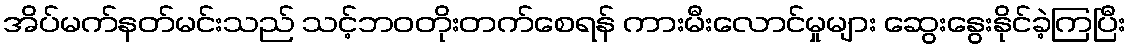
အိပ်မက်နတ်မင်းသည် သင့်ဘဝတိုးတက်စေရန် ကားမီးလောင်မှုများ ဆွေးနွေးနိုင်ခဲ့ကြပြီး